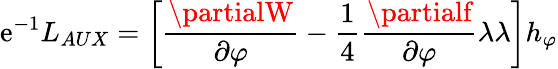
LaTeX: \mathrm{e}^{-1}L_{AUX}=\left[\frac{{\partialW}}{{\partial\varphi}}-\frac{{1}}{{4}}\frac{{\partialf}}{{\partial\varphi}}\lambda\lambda\right]h_{\varphi}